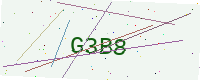
Text: G3B8